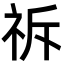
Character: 𮁪